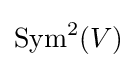
\operatorname {Sym} ^{2}(V)